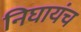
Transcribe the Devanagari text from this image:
निघायंच